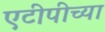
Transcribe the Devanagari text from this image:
एटीपीच्या